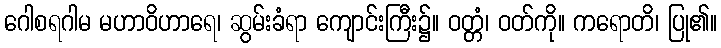
ဂေါစရဂါမ မဟာဝိဟာရေ၊ ဆွမ်းခံရာ ကျောင်းကြီး၌။ ဝတ္တံ၊ ဝတ်ကို။ ကရောတိ၊ ပြု၏။